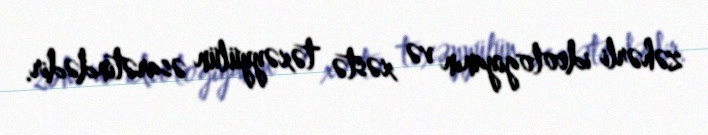
zəhərli ideologiyanın və xəstə təxəyyülün əsarətindədir.